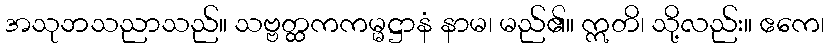
အသုဘသညာသည်။ သဗ္ဗတ္ထကကမ္မဋ္ဌာနံ နာမ၊ မည်၏။ ဣတိ၊ သို့လည်း။ ဧကေ၊